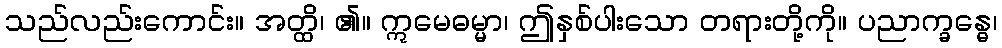
သည်လည်းကောင်း။ အတ္ထိ၊ ၏။ ဣမေဓမ္မာ၊ ဤနှစ်ပါးသော တရားတို့ကို။ ပညာက္ခန္ဓေ၊